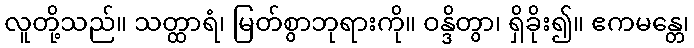
လူတို့သည်။ သတ္ထာရံ၊ မြတ်စွာဘုရားကို။ ဝန္ဒိတွာ၊ ရှိခိုး၍။ ဧကမန္တေ၊